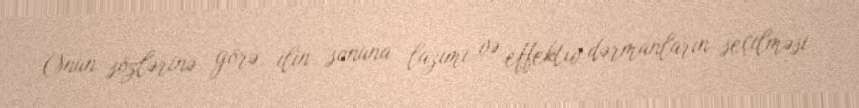
Onun sözlərinə görə, ilin sonuna lazımi və effektiv dərmanların seçilməsi